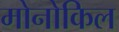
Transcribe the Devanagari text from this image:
मोनोकिल